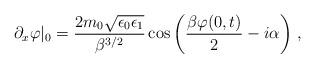
LaTeX: \begin{align*}\partial_{x}\varphi|_{0}=\frac{2m_{0}\sqrt{\epsilon_{0}\epsilon_{1}}}{\beta^{3/2}}\cos \left(\frac{\beta \varphi(0,t)}{2}-i\alpha\right)\,,\end{align*}